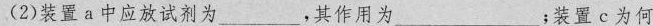
(2)装置a中应放试剂为____，其作用为____；装置c为何